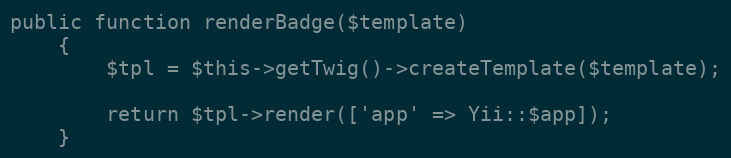
Language: PHP
public function renderBadge($template)
    {
        $tpl = $this->getTwig()->createTemplate($template);

        return $tpl->render(['app' => Yii::$app]);
    }